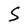
Character: S